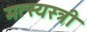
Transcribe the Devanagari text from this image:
मत्स्यस्त्री